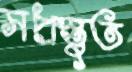
সপ্রস্তুত